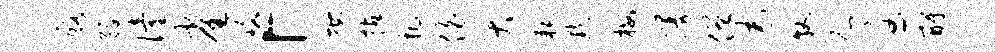
酪缘僮雀珞「按拈把伯哭耗默梅漫僧为牧允过酹